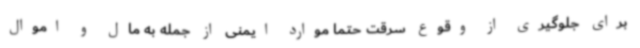
برای جلوگیری از وقوع سرقت حتما موارد ایمنی از جمله به مال و اموال